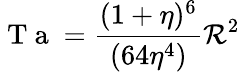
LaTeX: \mathrm{~T~a~}=\frac{(1+\eta)^{6}}{(64\eta^{4})}\mathcal{R}^{2}